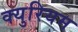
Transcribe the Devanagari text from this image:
क्युरियम